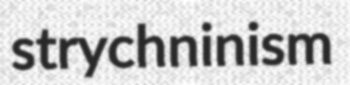
strychninism